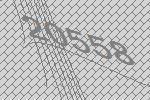
20558